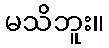
မသိဘူး။